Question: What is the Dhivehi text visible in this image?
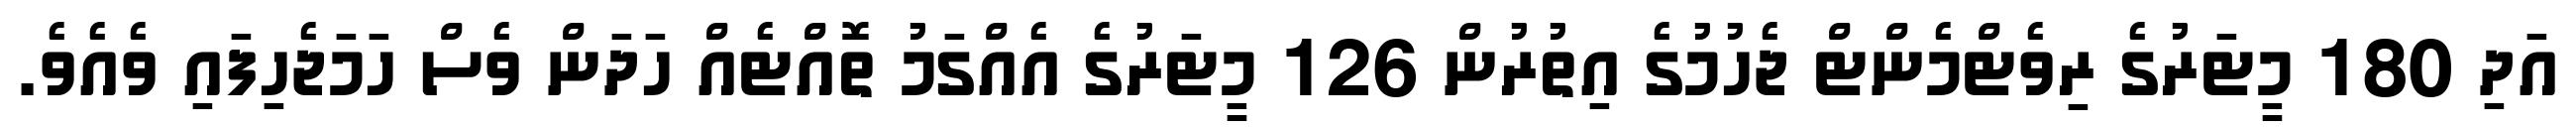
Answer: އަދި 180 މީޓަރުގެ ރިވެޓްމެންޓް ޖެހުމުގެ އިތުރުން 126 މީޓަރުގެ އެއްގަމު ތޮއްޓެއް ހަދަން ވެސް ހަމަޖެހިފައި ވެއެވެ.